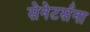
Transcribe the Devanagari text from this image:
सेनेटर्सना